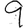
Digit: 9